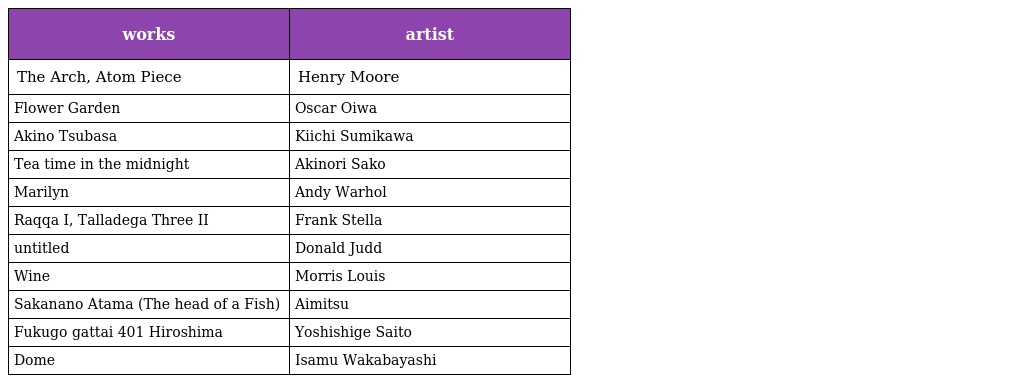
| works | artist |
 | --- | --- |
 | The Arch, Atom Piece | Henry Moore |
 | Flower Garden | Oscar Oiwa |
 | Akino Tsubasa | Kiichi Sumikawa |
 | Tea time in the midnight | Akinori Sako |
 | Marilyn | Andy Warhol |
 | Raqqa I, Talladega Three II | Frank Stella |
 | untitled | Donald Judd |
 | Wine | Morris Louis |
 | Sakanano Atama (The head of a Fish) | Aimitsu |
 | Fukugo gattai 401 Hiroshima | Yoshishige Saito |
 | Dome | Isamu Wakabayashi |